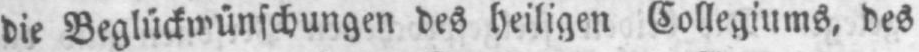
die Beglückwünschungen des heiligen Collegiums, des